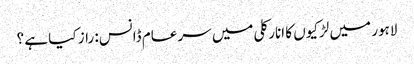
لاہور میں لڑکیوں کا انارکلی میں سر عام ڈانس: راز کیا ہے ؟